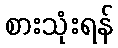
စားသုံးရန်